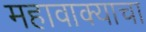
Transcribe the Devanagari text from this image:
महावाक्याचा